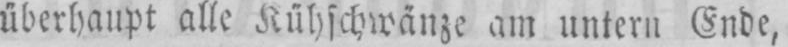
überhaupt alle Kühschwänze am untern Ende,